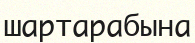
шартарабына